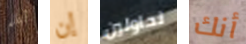
أعلم إن تحاولين أنك